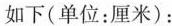
如下(单位：厘米)：